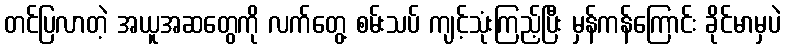
တင်ပြလာတဲ့ အယူအဆတွေကို လက်တွေ့ စမ်းသပ် ကျင့်သုံးကြည့်ပြီး မှန်ကန်ကြောင်း ခိုင်မာမှပဲ